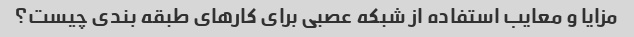
مزایا و معایب استفاده از شبکه عصبی برای کارهای طبقه بندی چیست؟